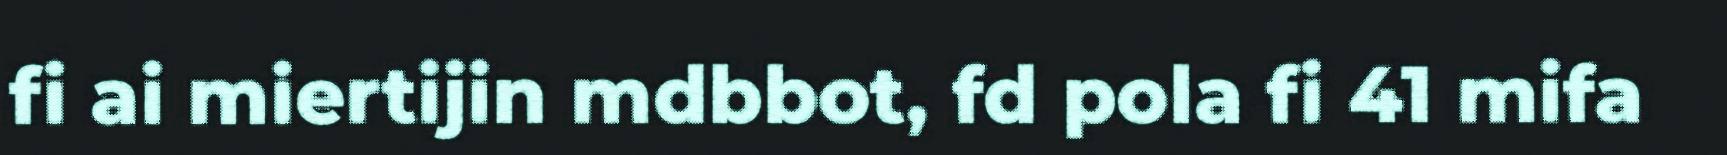
fi ai miertijin mdbbot, fd pola fi 41 mifa